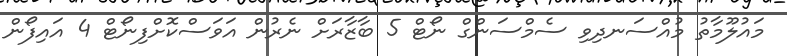
މައުލޫމާތު މުއްސަނދިވި ސެމްސަންގް ނޯޓް 5 ބާޒާރަށް ނެރުން އަވަސްކޮށްފިނޯޓް 4 އައިފޯން